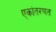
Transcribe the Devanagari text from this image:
एकांतरणत